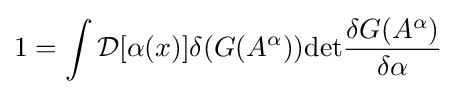
1=\int {\mathcal {D}}[\alpha (x)]\delta (G(A^{\alpha }))\mathrm {det} {\frac {\delta G(A^{\alpha })}{\delta \alpha }}